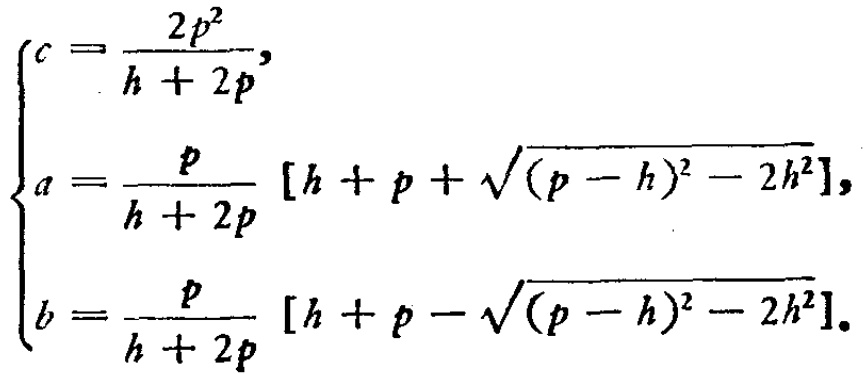
\[

\begin{cases}

c = \frac{2p^{2}}{h + 2p}, \\

a = \frac{p}{h + 2p} \left[h + p + \sqrt{(p - h)^{2} - 2h^{2}}\right], \\

b = \frac{p}{h + 2p} \left[h + p - \sqrt{(p - h)^{2} - 2h^{2}}\right].

\end{cases}

\]